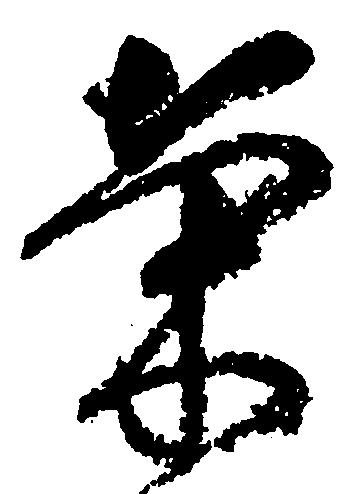
栄